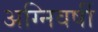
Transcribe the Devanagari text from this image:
अग्निवर्षी